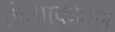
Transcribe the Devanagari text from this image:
क्रियाकुशल